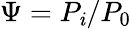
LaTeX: \Psi=P_{\mathit{i}}/P_{0}